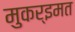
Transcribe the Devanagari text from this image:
मुकर्‍इमत